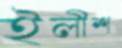
ইলীশ